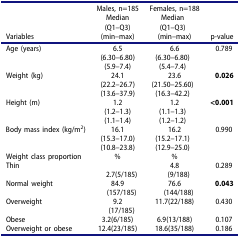
| <ROWSPAN=3>  | Males, n=185 | Females, n=188 | <ROWSPAN=3>  |
 | Median | Median |
 | (Q1–Q3) | (Q1–Q3) |
 | Variables | (min–max) | (min–max) | p-value |
 | --- | --- | --- | --- |
 | <ROWSPAN=3> Age (years) | 6.5 | 6.6 | <ROWSPAN=3> 0.789 |
 | (6.30–6.80) | (6.30–6.80) |
 | (5.9–7.4) | (5.4–7.4) |
 | <ROWSPAN=3> Weight (kg) | 24.1 | 23.6 | <ROWSPAN=3> 0.026 |
 | (22.2–26.7) | (21.50–25.60) |
 | (13.6–37.9) | (16.3–42.2) |
 | <ROWSPAN=3> Height (m) | 1.2 | 1.2 | <ROWSPAN=3> <0.001 |
 | (1.2–1.3) | (1.1–1.3) |
 | (1.1–1.4) | (1.2–1.2) |
 | <ROWSPAN=3> Body mass index (kg/m2) | 16.1 | 16.2 | <ROWSPAN=3> 0.990 |
 | (15.3–17.0) | (15.2–17.1) |
 | (10.8–23.8) | (12.9–25.0) |
 | Weight class proportion | % | % |  |
 | Thin | 2.7(5/185) | 4.8(9/188) | 0.289 |
 | Normal weight | 84.9(157/185) | 76.6(144/188) | 0.043 |
 | Overweight | 9.2(17/185) | 11.7(22/188) | 0.430 |
 | Obese | 3.2(6/185) | 6.9(13/188) | 0.107 |
 | Overweight or obese | 12.4(23/185) | 18.6(35/188) | 0.186 |